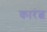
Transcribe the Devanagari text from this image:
कारंत्व